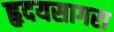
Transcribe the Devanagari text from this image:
हृदयसागरा